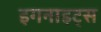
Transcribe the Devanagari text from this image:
इगनाइट्स